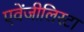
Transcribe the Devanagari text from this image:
एवेंजीलिस्टा